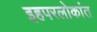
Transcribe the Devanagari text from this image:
इहपरलोकांत